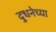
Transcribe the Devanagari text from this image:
दुधनेच्या